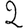
Digit: 2